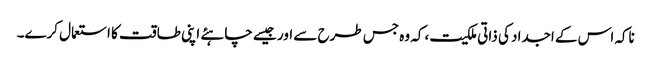
ناکہ اس کے اجداد کی ذاتی ملکیت ،کہ وہ جس طرح سے اور جیسے چاہئے اپنی طاقت کا استعمال کرے۔